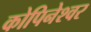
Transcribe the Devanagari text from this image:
कोपिनेश्वर